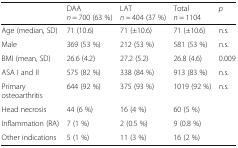
<table><thead><tr><td></td><td><b>DAA<i>n</i> = 700 (63 %)</b></td><td><b>LAT<i>n</i> = 404 (37 %)</b></td><td><b>Total<i>n</i> = 1104</b></td><td><b><i>p</i></b></td></tr></thead><tbody><tr><td>Age (median, SD)</td><td>71 (10.6)</td><td>71 (±10.6)</td><td>71 (±10.6)</td><td>n.s.</td></tr><tr><td>Male</td><td>369 (53 %)</td><td>212 (53 %)</td><td>581 (53 %)</td><td>n.s.</td></tr><tr><td>BMI (mean, SD)</td><td>26.6 (4.2)</td><td>27.2 (5.2)</td><td>26.8 (4.6)</td><td>0.009</td></tr><tr><td>ASA I and II</td><td>575 (82 %)</td><td>338 (84 %)</td><td>913 (83 %)</td><td>n.s.</td></tr><tr><td>Primary osteoarthritis</td><td>644 (92 %)</td><td>375 (93 %)</td><td>1019 (92 %)</td><td>n.s.</td></tr><tr><td>Head necrosis</td><td>44 (6 %)</td><td>16 (4 %)</td><td>60 (5 %)</td><td></td></tr><tr><td>Inflammation (RA)</td><td>7 (1 %)</td><td>2 (0.5 %)</td><td>9 (0.8 %)</td><td></td></tr><tr><td>Other indications</td><td>5 (1 %)</td><td>11 (3 %)</td><td>16 (2 %)</td><td></td></tr></tbody></table>